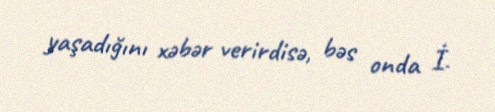
yaşadığını xəbər verirdisə, bəs onda İ.